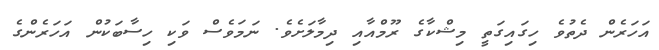
އަހަރެން ދެތުވެ ހިގައިގަތީ މިޝްކާގެ ރޫމްއާއި ދިމާލަށެވެ. ނަމަވެސް ވަކި ހިސާބަކުން އަހަރެންގެ